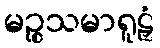
မဉ္စသမာရူဠှံ